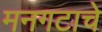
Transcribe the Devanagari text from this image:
मनगटाचे